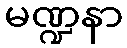
မဏ္ဍနာ